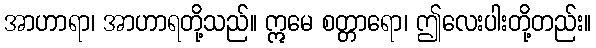
အာဟာရာ၊ အာဟာရတို့သည်။ ဣမေ စတ္တာရော၊ ဤလေးပါးတို့တည်း။